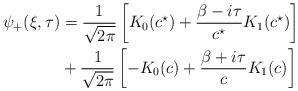
LaTeX: \begin{align*}\psi_{+}(\xi, \tau) & = \frac{1}{\sqrt{2\pi}}\left[K_{0}(c^{\star}) + \frac{\beta-i\tau}{c^{\star}} K_{1}(c^{\star}) \right] \\& + \frac{1}{\sqrt{2\pi}}\left[- K_{0}(c) + \frac{\beta+i\tau}{c} K_{1}(c) \right]\end{align*}